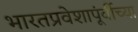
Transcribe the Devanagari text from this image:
भारतप्रवेशापूंर्वीच्या